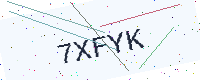
Text: 7XFYK